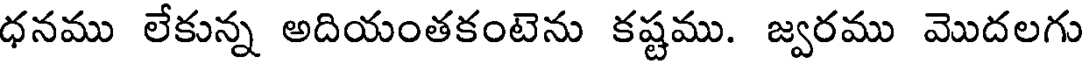
ధనము లేకున్న అదియంతకంటెను కష్టము. జ్వరము మొదలగు